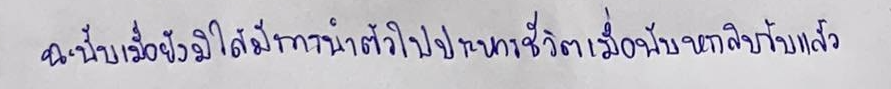
ฉะนั้นเมื่อยังมิได้มีการนำตัวไปประหารชีวิตเมื่อพ้นหกสิบวันแล้ว